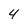
Character: 4